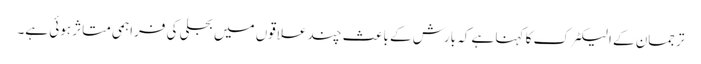
ترجمان کے الیکٹرک کا کہنا ہے کہ بارش کے باعث چند علاقوں میں بجلی کی فراہمی متاثر ہوئی ہے۔